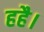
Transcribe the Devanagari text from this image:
हहै।